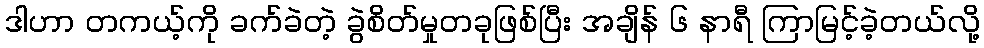
ဒါဟာ တကယ့်ကို ခက်ခဲတဲ့ ခွဲစိတ်မှုတခုဖြစ်ပြီး အချိန် ၆ နာရီ ကြာမြင့်ခဲ့တယ်လို့